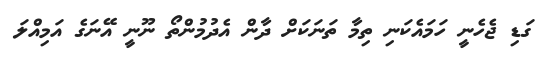
ގަޑި ޖެހެނީ ހަމައެކަނި ތިމާ ތަނަކަށް ދާން އެދުމުންތޯ ނޫނީ އޭނަގެ އަމިއްލަ